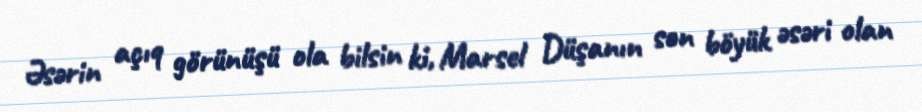
Əsərin açıq görünüşü ola bilsin ki, Marsel Düşanın son böyük əsəri olan